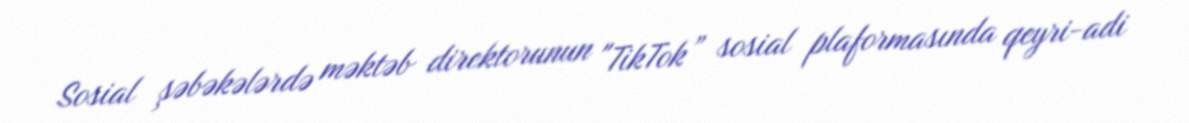
Sosial şəbəkələrdə məktəb direktorunun "TikTok” sosial plaformasında qeyri-adi